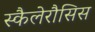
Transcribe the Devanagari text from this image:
स्कैलेरौसिस